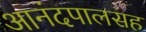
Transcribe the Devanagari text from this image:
आनंदपालसह